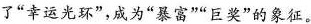
了”幸运光环”，成为”暴富””巨奖”的象征。